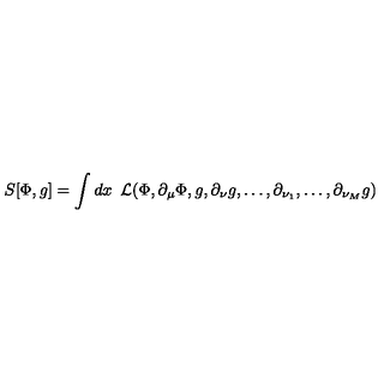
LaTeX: S [ \Phi , g ] = \int d x { \phantom { 0 } } { \cal L } ( \Phi , \partial _ { \mu } \Phi , g , \partial _ { \nu } g , \dots , \partial _ { \nu _ { 1 } } , \dots , \partial _ { \nu _ { M } } g )